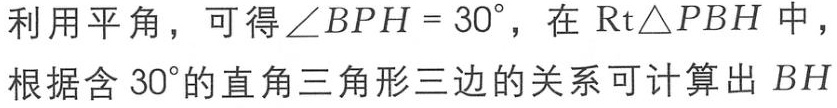
利用平角，可得\(\angle BPH = 30^{\circ}\)，在\(\text{Rt}\triangle PBH\)中，根据含\(30^{\circ}\)的直角三角形三边的关系可计算出\(BH\)